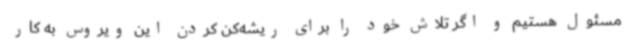
مسئول هستیم و اگر تلاش خود را برای ریشه‌کن کردن این ویروس به کار